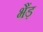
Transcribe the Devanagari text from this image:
भैंड़